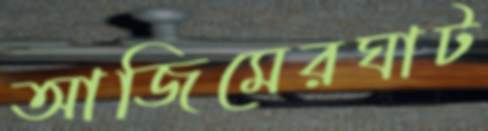
আজিমেরঘাট